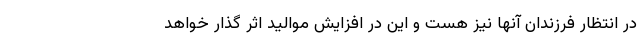
در انتظار فرزندان آنها نیز هست و این در افزایش موالید اثر گذار خواهد